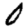
Digit: 0